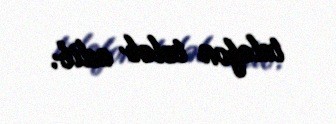
telefon tələb edib.